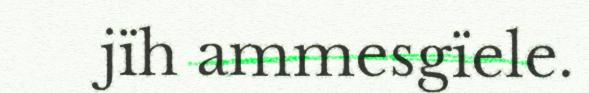
jïh ammesgïele.